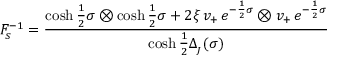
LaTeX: F _ { _ { \! S } } ^ { - 1 } = \frac { \cosh \frac { 1 } { 2 } \sigma \otimes \cosh \frac { 1 } { 2 } \sigma + 2 \xi \, v _ { + } \, e ^ { - \frac { 1 } { 2 } \sigma } \otimes v _ { + } \, e ^ { - \frac { 1 } { 2 } \sigma } } { \cosh \frac { 1 } { 2 } \Delta _ { _ { \! J } } ( \sigma ) } \,